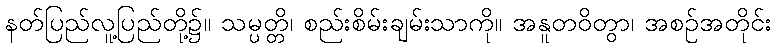
နတ်ပြည်လူ့ပြည်တို့၌။ သမ္ပတ္တိ၊ စည်းစိမ်းချမ်းသာကို။ အနူတဝိတွာ၊ အစဉ်အတိုင်း